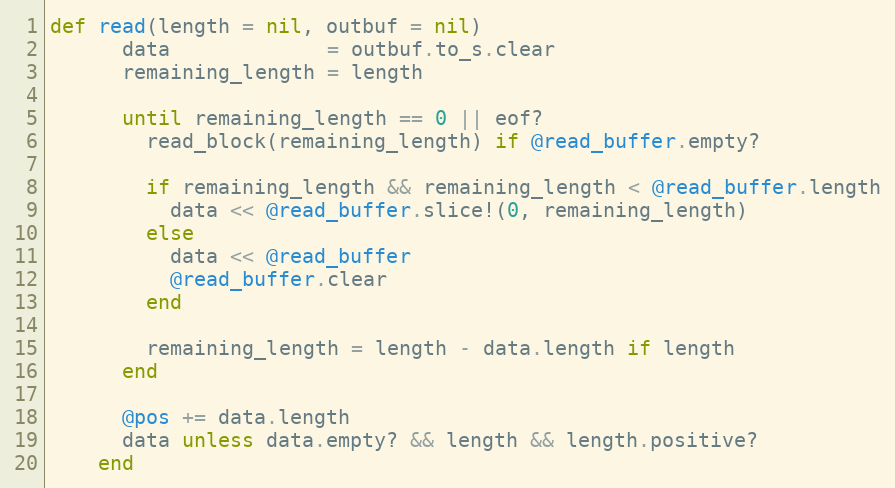
Language: Ruby
def read(length = nil, outbuf = nil)
      data             = outbuf.to_s.clear
      remaining_length = length

      until remaining_length == 0 || eof?
        read_block(remaining_length) if @read_buffer.empty?

        if remaining_length && remaining_length < @read_buffer.length
          data << @read_buffer.slice!(0, remaining_length)
        else
          data << @read_buffer
          @read_buffer.clear
        end

        remaining_length = length - data.length if length
      end

      @pos += data.length
      data unless data.empty? && length && length.positive?
    end